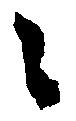
々